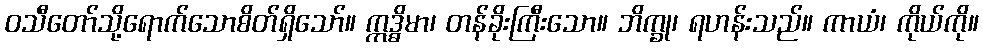
ဝသီတော်သို့ရောက်သောစိတ်ရှိသော်။ ဣဒ္ဓိမာ၊ တန်ခိုးကြီးသော။ ဘိက္ခု၊ ရဟန်းသည်။ ကာယံ၊ ကိုယ်ကို။